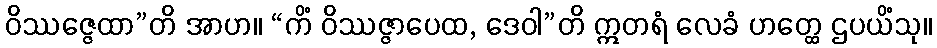
ဝိဿဇ္ဇေထာ”တိ အာဟ။ “ကိံ ဝိဿဇ္ဇာပေထ, ဒေဝါ”တိ ဣတရံ လေခံ ဟတ္ထေ ဌပယိံသု။